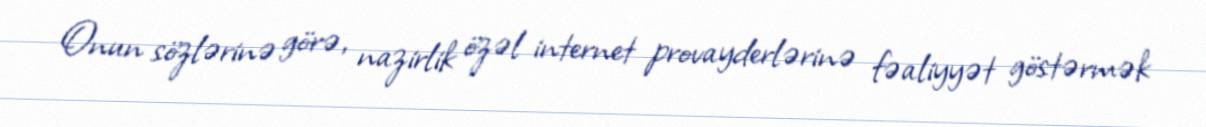
Onun sözlərinə görə, nazirlik özəl internet provayderlərinə fəaliyyət göstərmək